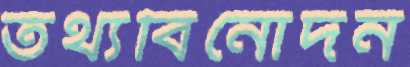
তথ্যবিনোদন